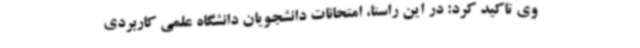
وی تاکید کرد: در این راستا، امتحانات دانشجویان دانشگاه علمی کاربردی